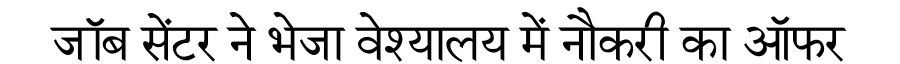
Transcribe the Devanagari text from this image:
जॉब सेंटर ने भेजा वेश्यालय में नौकरी का ऑफर